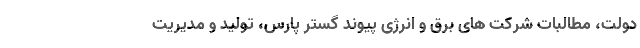
دولت، مطالبات شرکت های برق و انرژی پیوند گستر پارس، تولید و مدیریت